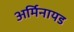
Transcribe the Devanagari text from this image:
अर्मिनायड